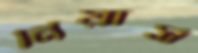
নিয়ার্স